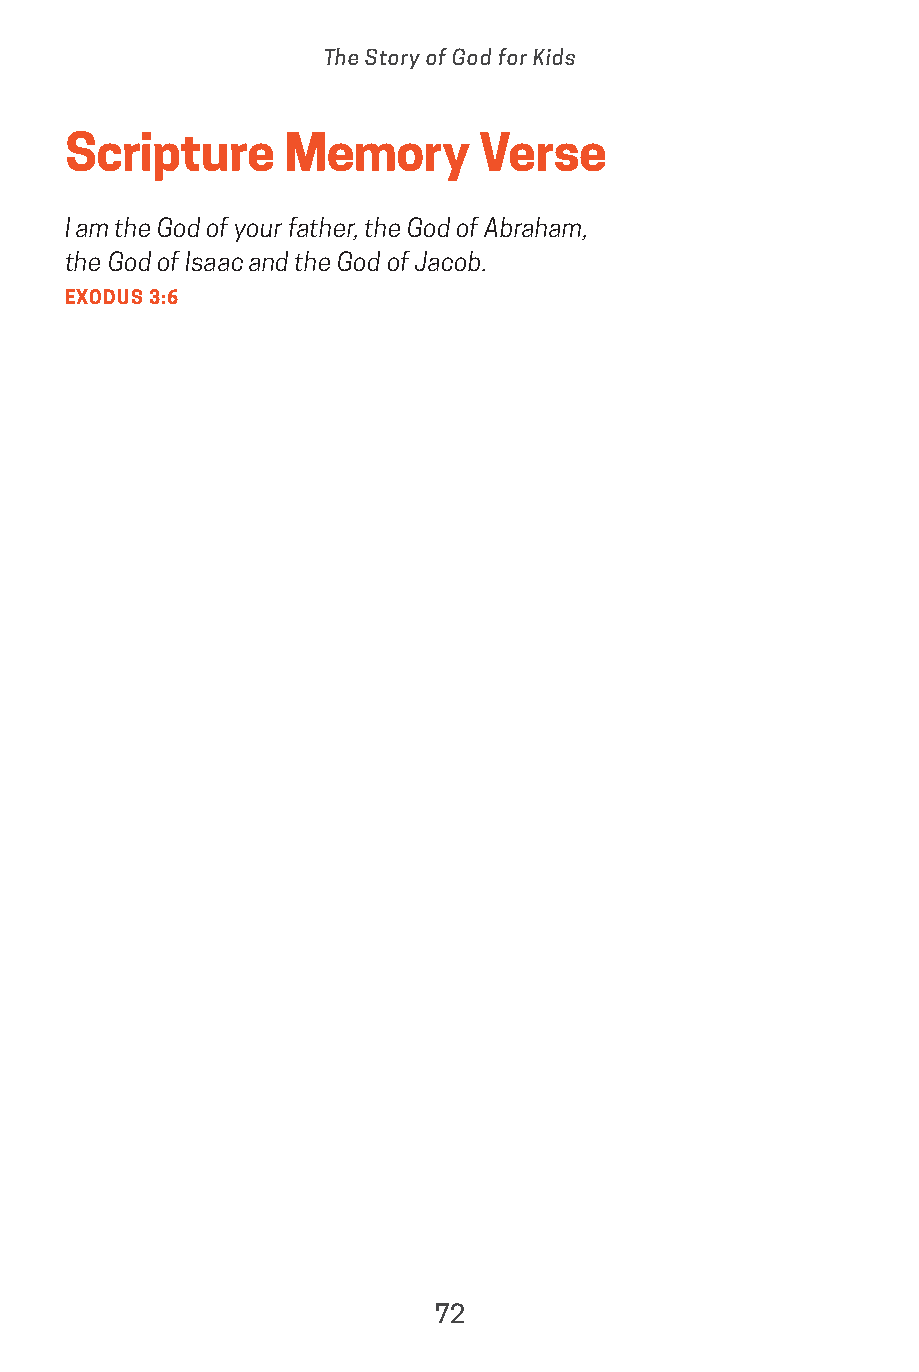
The Story of God for Kids
 Scripture     Memory       Verse
 I am the God of your father, the God of Abraham,
 the God of Isaac and the God of Jacob.
 EXODUS 3:6
 72
 saturate-story_of_god_kids-2.indd 72              8/10/17 10:11 PM